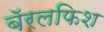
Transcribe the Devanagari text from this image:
बॅरलफिश